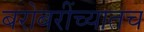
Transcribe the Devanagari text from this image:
बरोबरींच्यातच